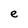
Character: e